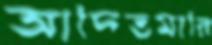
আদিতমারি